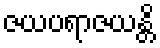
ဇယပရာဇယန္တိ